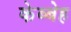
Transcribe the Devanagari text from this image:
केब्बेह